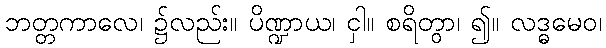
ဘတ္တကာလေ၊ ၌လည်း။ ပိဏ္ဍာယ၊ ငှါ။ စရိတွာ၊ ၍။ လဒ္ဓမေဝ၊